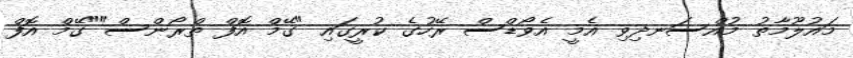
މައުލޫމާތު މުއްސަނދިވި އެމީ އެވޯޑްސް ރޭހުގެ ކުރީގައި "ގޭމް އޮފް ތްރޯންސް""ގޭމް އޮފް